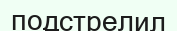
подстрелил